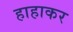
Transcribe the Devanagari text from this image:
हाहाकर